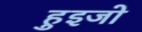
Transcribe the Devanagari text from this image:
हुइजो